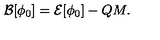
{ \cal B } [ \phi _ { 0 } ] = { \cal E } [ \phi _ { 0 } ] - Q M .